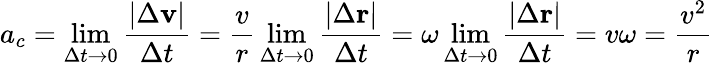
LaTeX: a_{c}=\operatorname*{lim}_{\Delta t\to 0}{\frac{|\Delta{\textbf{v}}|}{\Delta t}}={\frac{v}{r}}\operatorname*{lim}_{\Delta t\to 0}{\frac{|\Delta{\textbf{r}}|}{\Delta t}}=\omega\operatorname*{lim}_{\Delta t\to 0}{\frac{|\Delta{\textbf{r}}|}{\Delta t}}=v\omega={\frac{v^{2}}{r}}